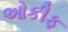
ઓકીફ